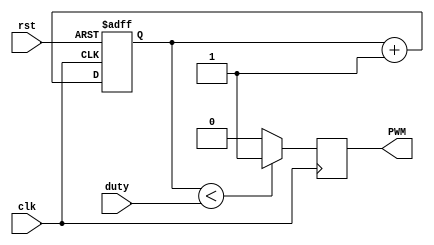
module PWM
    #(localparam R=4)(
    input clk,
    input rst,
    //input load,
    input [R-1:0] duty,
    output reg PWM
    );
    
    reg [R-1:0] tmp;
    
    always@(posedge clk or posedge rst)
    begin
        if(rst)
            tmp <= 0;
        else
            tmp <= tmp + 1;
    end

always@(posedge clk)
begin      
    if(tmp < duty)
        PWM <=1;
    else
        PWM <=0;    
end
    
    
endmodule